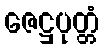
ဇေဋ္ဌပုတ္တံ